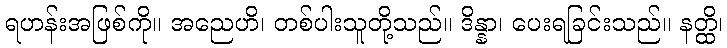
ရဟန်းအဖြစ်ကို။ အညေဟိ၊ တစ်ပါးသူတို့သည်။ ဒိန္နာ၊ ပေးရခြင်းသည်။ နတ္ထိ၊